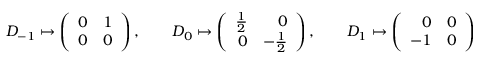
D _ { - 1 } \mapsto \left( \begin{array} { r r } { { 0 } } & { { 1 } } \\ { { 0 } } & { { 0 } } \end{array} \right) , \qquad D _ { 0 } \mapsto \left( \begin{array} { r r } { { { \textstyle \frac 1 2 } } } & { { 0 } } \\ { { 0 } } & { { - { \textstyle \frac 1 2 } } } \end{array} \right) , \qquad D _ { 1 } \mapsto \left( \begin{array} { r r } { { 0 } } & { { 0 } } \\ { { - 1 } } & { { 0 } } \end{array} \right)